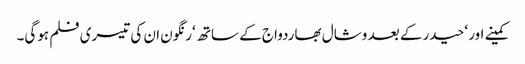
کمینے اور ‘حیدر کے بعد وشال بھاردواج کے ساتھ ‘رنگون ان کی تیسری فلم ہوگی۔